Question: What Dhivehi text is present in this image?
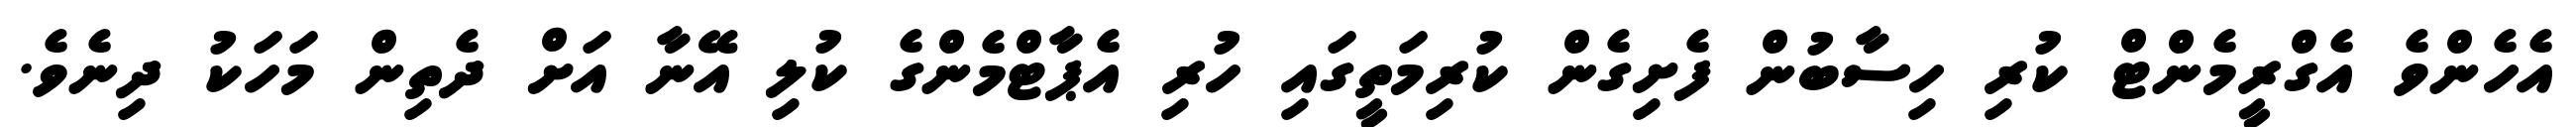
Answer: އެހެންވެ އެގްރީމެންޓް ކުރި ހިސާބުން ފެށިގެން ކުރިމަތީގައި ހުރި އެޕާޓްމެންގެ ކުލި އޭނާ އަށް ދެތިން މަހަކު ދިނެވެ.